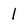
Character: l